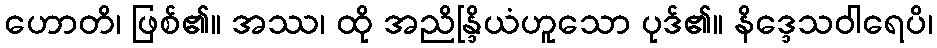
ဟောတိ၊ ဖြစ်၏။ အဿ၊ ထို အညိန္ဒြိယံဟူသော ပုဒ်၏။ နိဒ္ဒေသဝါရေပိ၊